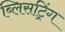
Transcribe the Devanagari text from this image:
ब्लिसट्रिंग